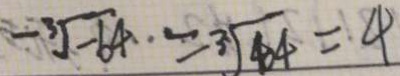
\sqrt [ - 3 ] { - 6 4 } = \sqrt [ 3 ] { 6 4 } = 4